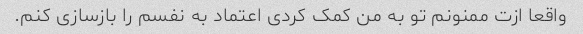
واقعا ازت ممنونم تو به من کمک کردی اعتماد به نفسم را بازسازی کنم.